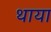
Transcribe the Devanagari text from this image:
थाया